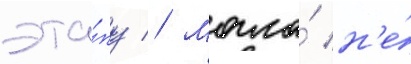
эта́пу // Могла́ н'е́